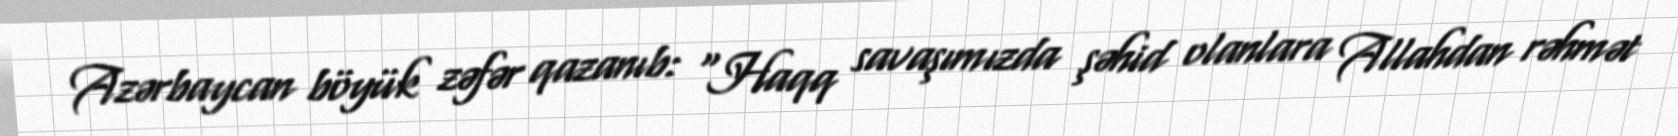
Azərbaycan böyük zəfər qazanıb: “Haqq savaşımızda şəhid olanlara Allahdan rəhmət